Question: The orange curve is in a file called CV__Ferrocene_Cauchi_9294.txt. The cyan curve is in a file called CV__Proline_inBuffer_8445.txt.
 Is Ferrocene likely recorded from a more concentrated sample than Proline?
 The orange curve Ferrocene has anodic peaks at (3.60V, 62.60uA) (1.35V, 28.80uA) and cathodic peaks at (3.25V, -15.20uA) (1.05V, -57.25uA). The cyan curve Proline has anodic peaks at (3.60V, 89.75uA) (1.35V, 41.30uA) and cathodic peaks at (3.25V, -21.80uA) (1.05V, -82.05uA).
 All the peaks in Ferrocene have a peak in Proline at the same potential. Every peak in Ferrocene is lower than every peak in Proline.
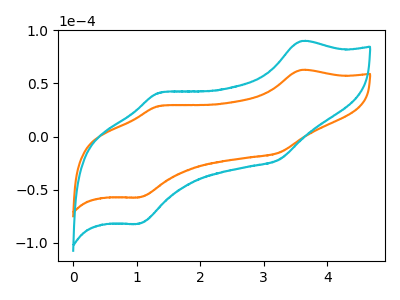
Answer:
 <answer>"Ferrocene" has less signal than "Proline".</answer>
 <eval>less_signal</eval>